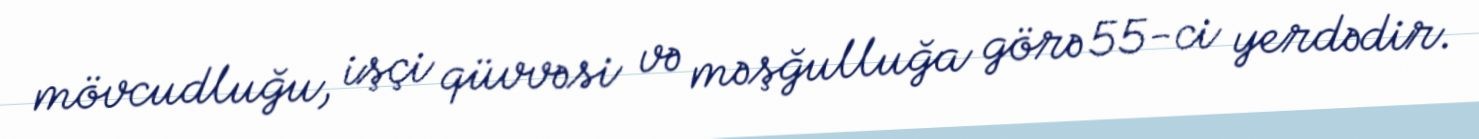
mövcudluğu, işçi qüvvəsi və məşğulluğa görə 55-ci yerdədir.